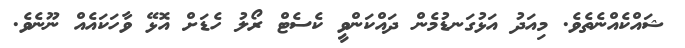
ޝައްކެއްނެތެވެ. މިއަދު އަޅުގަނޑުމެން ދައްކަންވީ ކެސެޓް ރޯލު ހެޑަށް އޮޅޭ ވާހަކައެއް ނޫނެވެ.